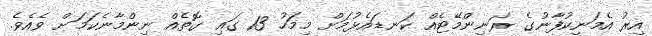
އިރު އެމަނިކުފާނުގެ ރަނިންމޭޓެއް ކަނޑައެޅުމަށް މިމަހު 13 ގައި ގޮތެއް ނިންމާނެކަމަށް ވެއެވެ.